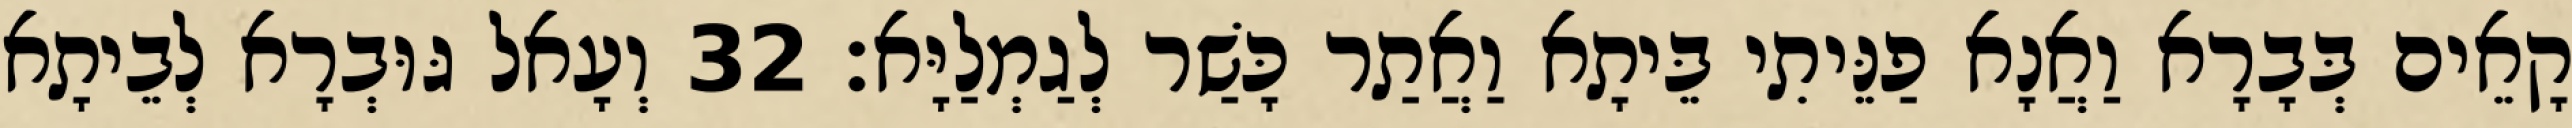
קָאֵים בְּבָרָא וַאֲנָא פַנֵּיתִי בֵּיתָא וַאֲתַר כָּשַׁר לְגַמְלַיָּא׃ 32 וְעָאל גּוּבְרָא לְבֵיתָא